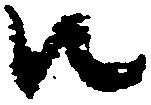
江